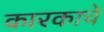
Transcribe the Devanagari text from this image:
कारकाचे